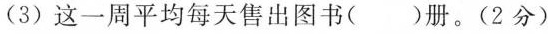
(3) 这一周平均每天售出图书( )册。(2分)